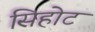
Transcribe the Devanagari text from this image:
सिहोट